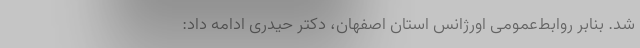
شد. بنابر روابط‌عمومی اورژانس استان اصفهان، دکتر حیدری ادامه داد: